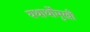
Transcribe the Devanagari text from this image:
यथार्थोंमुखी